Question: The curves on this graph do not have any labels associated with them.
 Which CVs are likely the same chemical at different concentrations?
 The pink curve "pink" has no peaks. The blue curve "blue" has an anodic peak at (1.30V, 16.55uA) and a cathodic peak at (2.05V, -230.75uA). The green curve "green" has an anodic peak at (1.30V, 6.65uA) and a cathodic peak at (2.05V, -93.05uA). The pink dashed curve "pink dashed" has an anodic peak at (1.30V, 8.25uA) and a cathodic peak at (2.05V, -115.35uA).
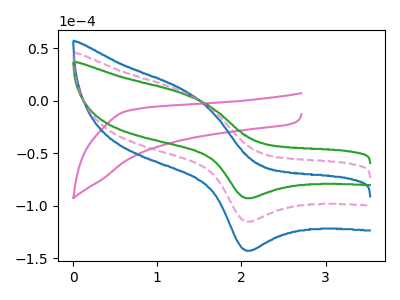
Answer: <think>"pink" and "blue" have a different number of peaks. "pink" and "green" have a different number of peaks. "pink" and "pink dashed" have a different number of peaks. All the peaks in "blue" have a peak in "green" at the same potential. Every peak in "blue" is higher than every peak in "green". All the peaks in "blue" have a peak in "pink dashed" at the same potential. Every peak in "blue" is higher than every peak in "pink dashed". All the peaks in "green" have a peak in "pink dashed" at the same potential. Every peak in "green" is lower than every peak in "pink dashed".
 </think>
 <answer>"green", "blue" and "pink dashed" have the same shape and are likely CV's of the same chemical.</answer>
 <eval>"green" "blue" "pink dashed"</eval>